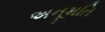
અનૂમતિ